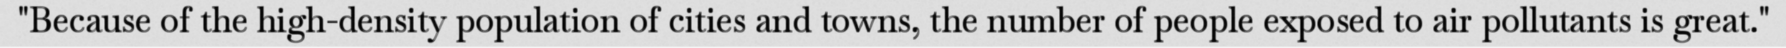
"Because of the high-density population of cities and towns, the number of people exposed to air pollutants is great."